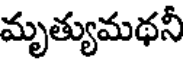
మృత్యుమథనీ